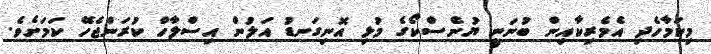
މިކަމާހެދި އެމެރިކާއިން ބުނަނީ ޔުނެސްކޯގެ މުޅި އޮނިގަނޑު އަލުން އިސްލާހް ކުރަންޖެހޭ ކަމަށެވެ.